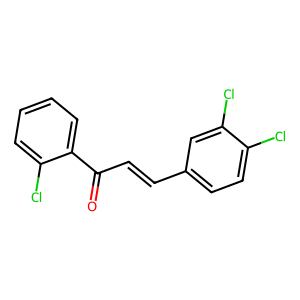
SMILES: O=C(C=Cc1ccc(Cl)c(Cl)c1)c1ccccc1Cl
Inhibits HIV replication: No